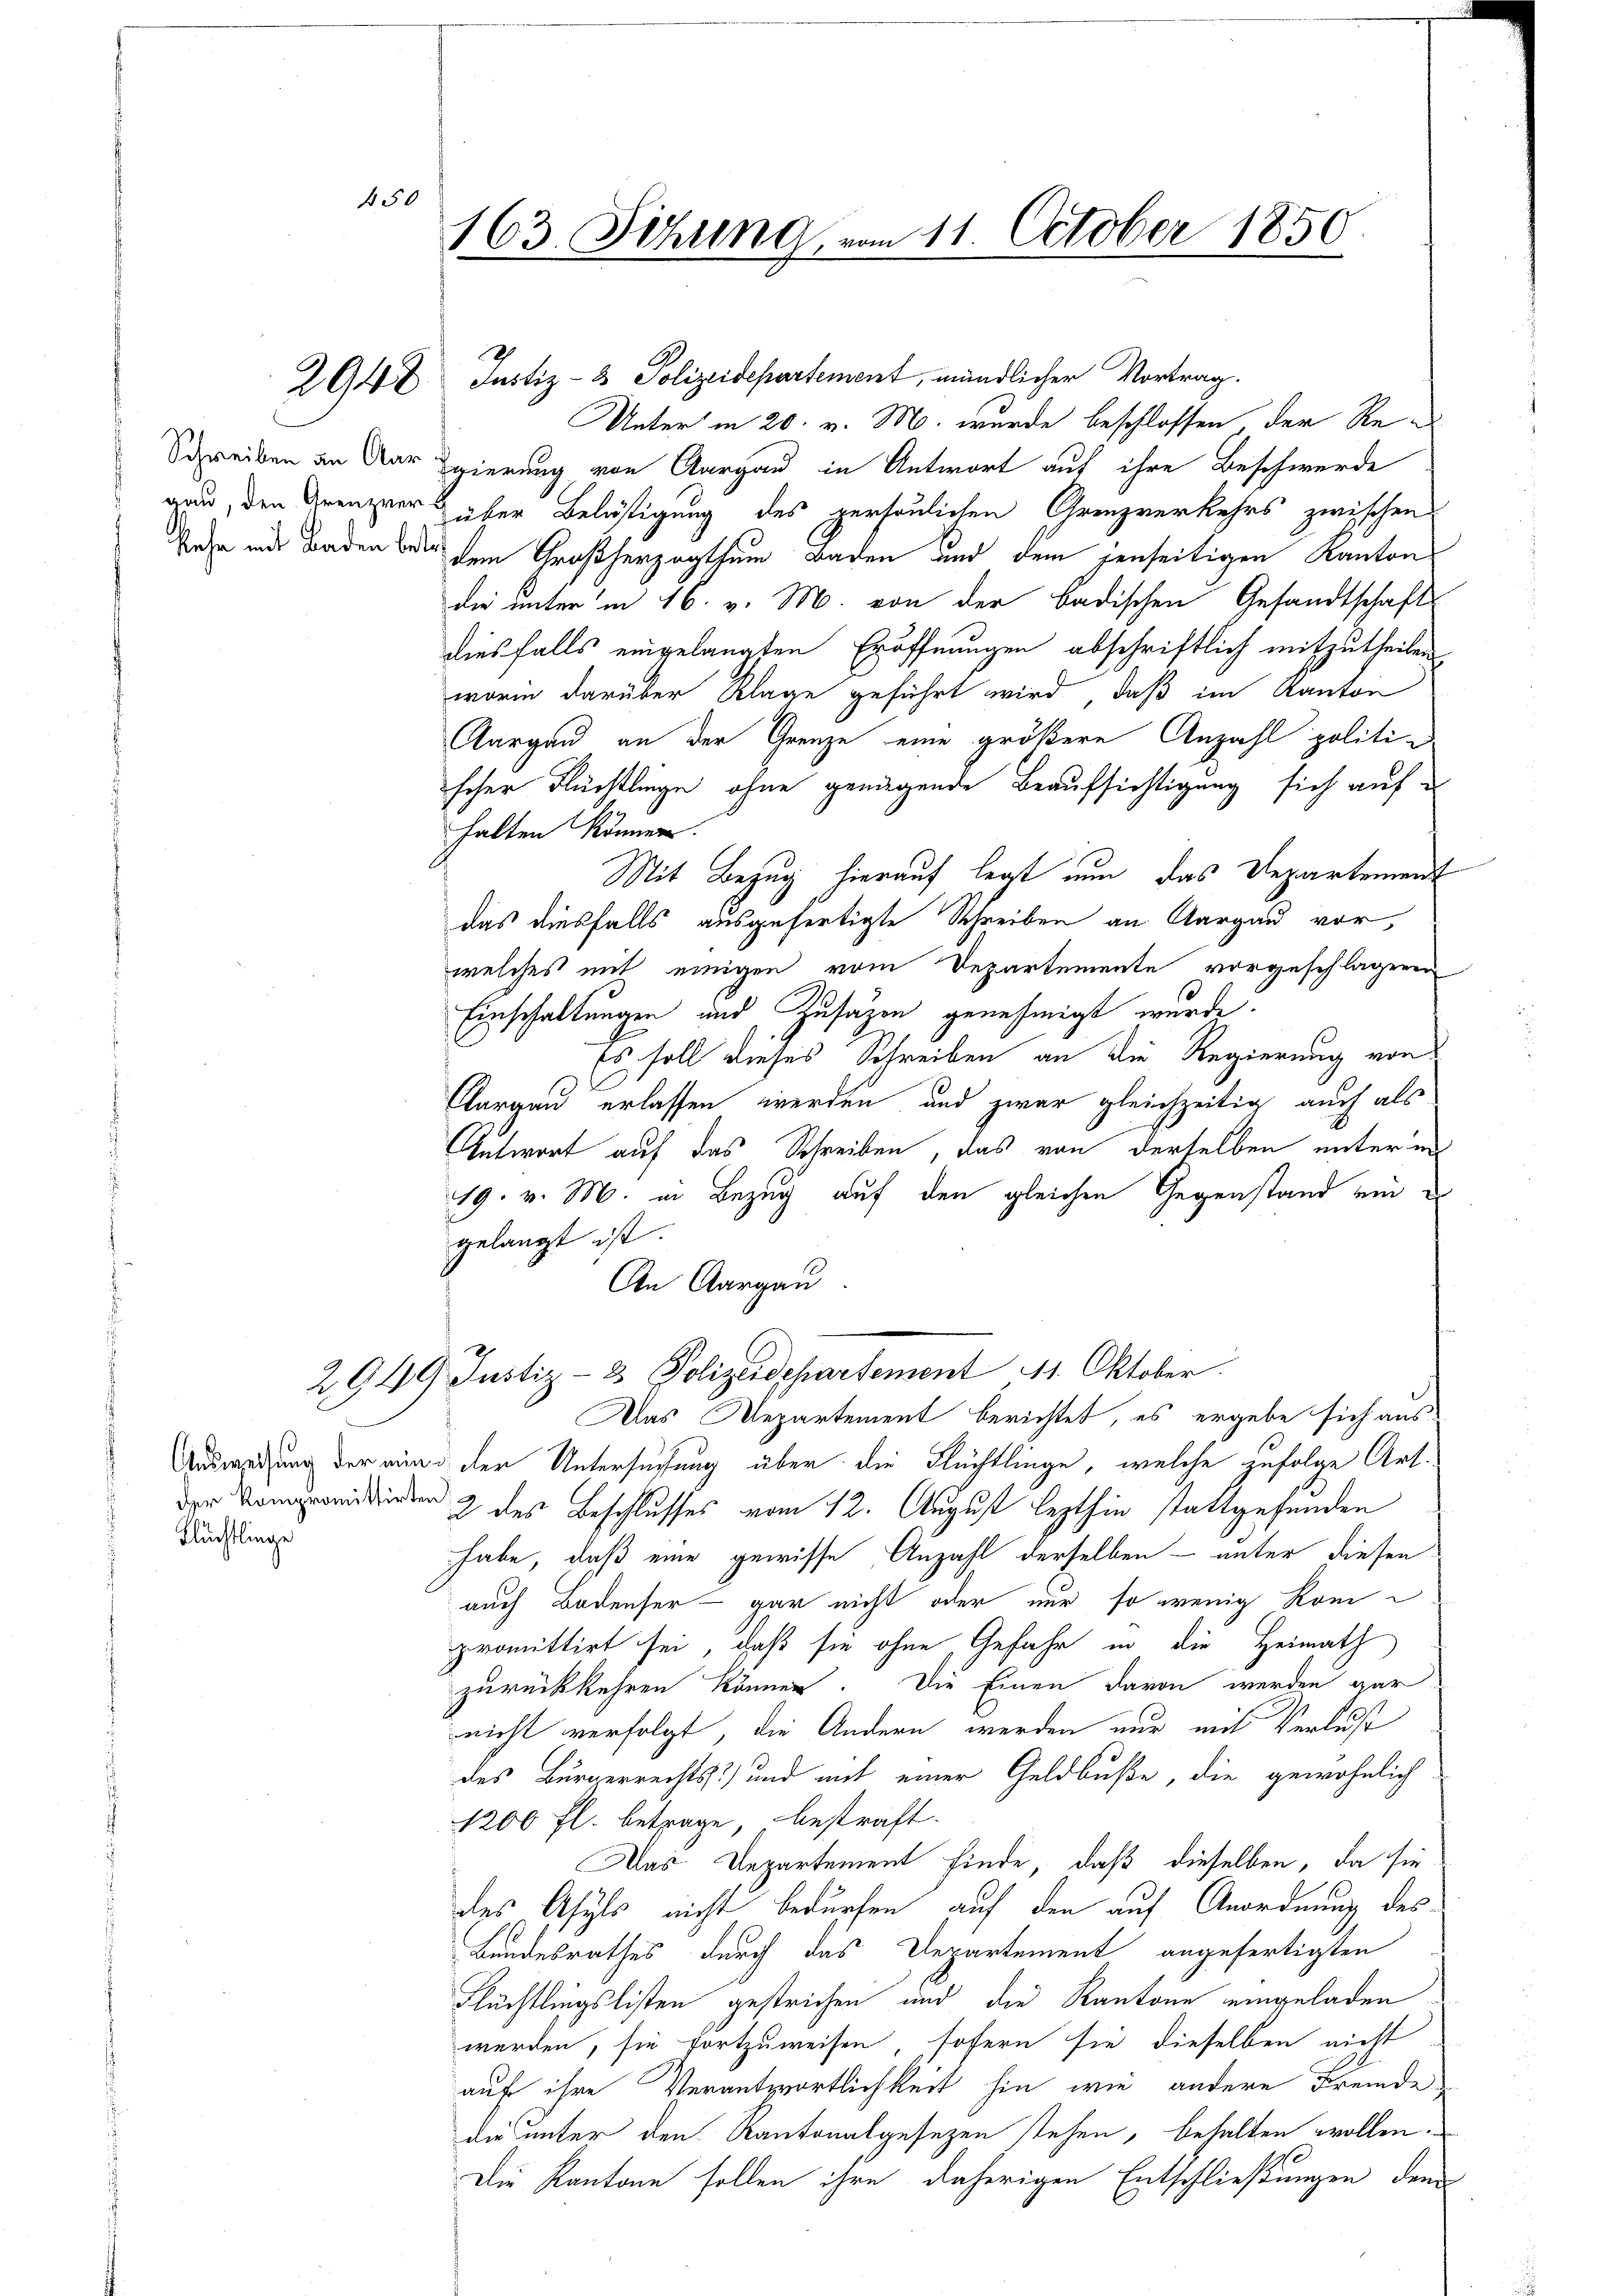
450

Flüchtlinge

sehe mit Baden betr

163. Sitzung vom 11. October 1850

2948 Justiz- & Polizeidepartement, mündlicher Vortrag.
Unter in 20. v. M. wurde beschlossen der Re¬
Schreiben an dar Egierung von Aargau in Antwort auf ihre Beschwerde
nau, den Grenzer über Belästigung des persönlichen Grenzverkehrs zwischen
dem Großherzogthum Baden und dem jenseitigen Kanton
Die unter in 16. v. M. von der badischen Gesandtschafts-
diesfalls eingelangten Eröffnungen abschriftlich mitzutheilen
worin darüber Klage geführt wird, daß im Kanton
Aargau an der Grenze eine größere Anzahl politischer Flüchtlinge, ohne genügende Beaufsichtigung sich auf
halten können.
Mit Bezug hierauf legt nun das Departement
das diesfalls ausgefertigte Schreiben an Aargau vor,
welches mit einigen vom Departemente vorgeschlagenen
6
Einschaltungen und Zusätzen genehmigt wurde.
Es soll dieses Schreiben an die Regierung von
Aargau erlassen werden und zwar gleichzeitig auch als
Antwort auf das Schreiben, das von derselben unter uns
19. v. M. in Bezug auf den gleichen Gegenstand ein
gelangt ist.
An Aargau
2949. Justiz- & Polizeidepartement 11. Oktober.
Das Departement berichtet, es ergebe sich aus
Ausweisung der wing der Untersuchung über die Flüchtlinge, welche zufolge Art.
ddirten & des Beschlusses vom 12. August lezthin stattgefunden
habe, daß eine gewisse Anzahl derselben – unter diesen
auch Bodenser - gar nicht oder nur so wenig kompromittirt sei, daß sie ohne Gefahr in die Heimath
zurückkehren können. Die Einen davon werden gar
nicht verfolgt, die Andern werden nur mit Verlust
des Bürgerrechts- und mit einer Geldbuße, die gewöhnlich
1200 fl. betrage, bestraft.
Das Departement finde, daß dieselben, da sie
des Asyls nicht bedürfen, auf den auf Anordnung des
Bundesrathes durch das Departement angefertigten
Flüchtlingslisten gestrichen und die Kantone eingeladen
werden, sie fortzuweisen, sofern sie dieselben nicht
auf ihre Verantwortlichkeit hin wie andere Fremde
die unter den Kantonalgesezen stehen, behalten wollen.
Die Kantone sollen ihre daherigen Entschließungen dem